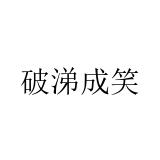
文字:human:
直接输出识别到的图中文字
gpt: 破涕成笑